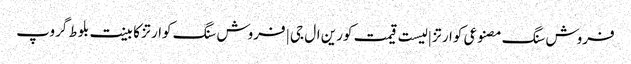
فروش سنگ مصنوعی کوارتز | لیست قیمت کورین ال جی | فروش سنگ کوارتز کابینت بلوط گروپ